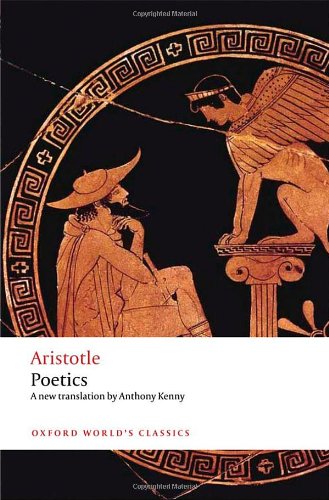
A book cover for Poetics (Oxford World's Classics); Aristotle; Literature & Fiction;